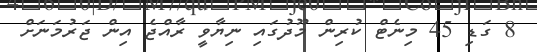
8 ގަޑި 45 މިނެޓް ކުރިން މޫދުގައި ނިޔާވީ ރާއްޖެ އިން ޖަރުމަނަށް